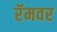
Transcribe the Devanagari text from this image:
रॅमवर